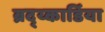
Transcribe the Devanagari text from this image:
ब्रद्य्कार्डिया